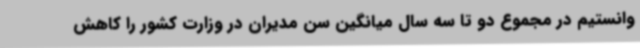
وانستیم در مجموع دو تا سه سال میانگین سن مدیران در وزارت کشور را کاهش